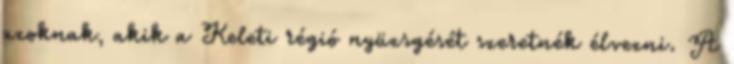
azoknak, akik a Keleti régió nyüzsgését szeretnék élvezni. A